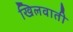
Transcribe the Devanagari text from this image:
खिलवाती